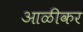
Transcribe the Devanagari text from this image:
आळीकर